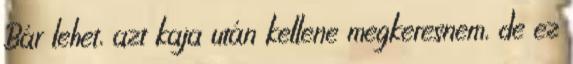
Bár lehet, azt kaja után kellene megkeresnem, de ez